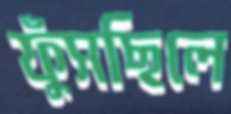
ফুঁসছিলে